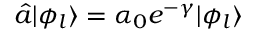
\hat { a } | \phi _ { l } \rangle = \alpha _ { 0 } e ^ { - \gamma } | \phi _ { l } \rangle